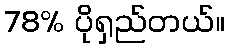
78% ပိုရှည်တယ်။